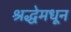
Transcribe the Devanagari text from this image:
श्रद्धेमधून